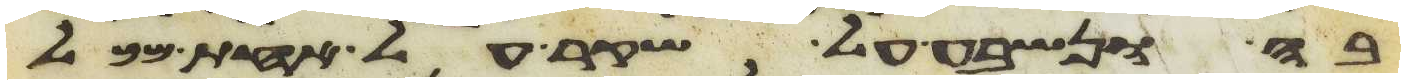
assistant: בה ונשבע על שקר על אחת מכל